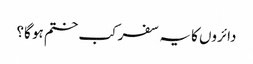
دائروں کا یہ سفر کب ختم ہو گا؟